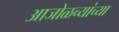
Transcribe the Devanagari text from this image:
आजोळच्यांच्या